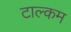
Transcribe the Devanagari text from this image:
टाल्कम